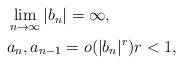
\begin{align*} \begin{aligned} & \lim_{n\to\infty}|b_n|=\infty, \\ & a_n,a_{n-1}=o(|b_n|^r) r<1, \end{aligned} \end{align*}